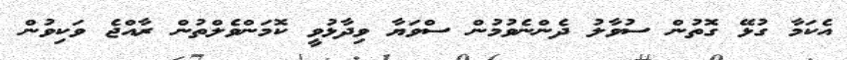
އެކަމާ ގުޅޭ ގޮތުން ސުވާލު ދެންނެވުމުން ސްވަޔާ ވިދާޅުވީ ކޮމަންވެލްތުން ރާއްޖެ ވަކިވުން